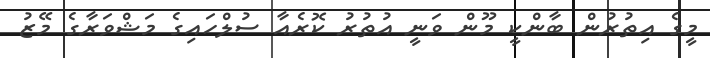
މީގެ އިތުރުން ބާންކީ މޫން ވަނީ އުތުރު ކޮރެއާ ސުލްހައިގެ މަޝްވަރާގެ މޭޒު